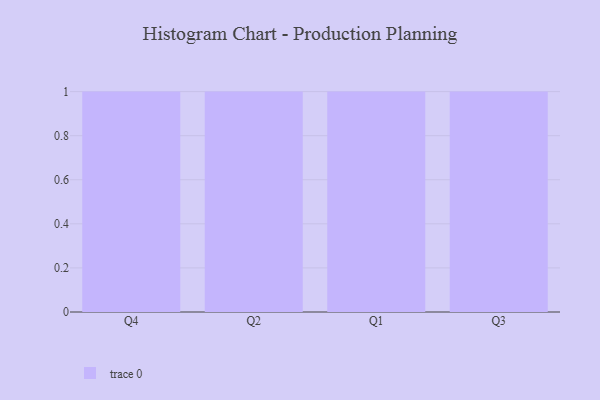
{"axis": {"x": "Quarter", "y": "Production Output"}, "legend": [""], "data": [{"x": "Q4", "y": 99, "type": ""}, {"x": "Q2", "y": 20, "type": ""}, {"x": "Q1", "y": 40, "type": ""}, {"x": "Q3", "y": 41, "type": ""}]}